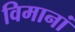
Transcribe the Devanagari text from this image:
विमानां